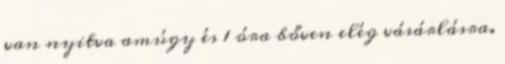
van nyitva amúgy és 1 óra bőven elég vásárlásra.